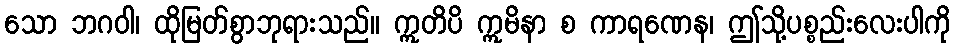
သော ဘဂဝါ၊ ထိုမြတ်စွာဘုရားသည်။ ဣတိပိ ဣမိနာ စ ကာရဏေန၊ ဤသို့ပစ္စည်းလေးပါကို